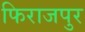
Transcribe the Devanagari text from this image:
फिराजपुर